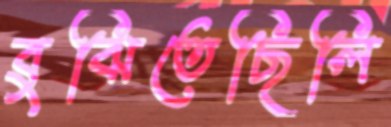
বুঝিতেছিলি